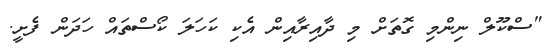
"ސްކޫލް ނިންމި ގޮތަށް މި ދާއިރާއިން އެކި ކަހަލަ ކޯސްތައް ހަދަން ފެށީ.